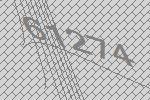
61274